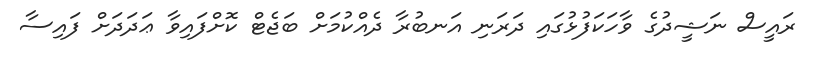
ރައީސް ނަޝީދުގެ ވާހަކަފުޅުގައި ދަރަނި އަނބުރާ ދެއްކުމަށް ބަޖެޓް ކޮށްފައިވާ ޢަދަދަށް ފައިސާ